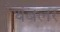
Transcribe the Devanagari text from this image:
थंबलर